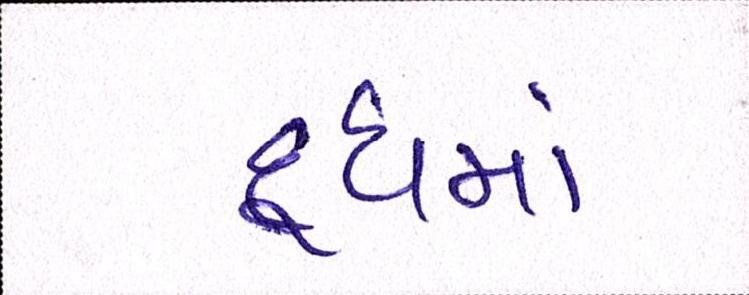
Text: દૂધમાં